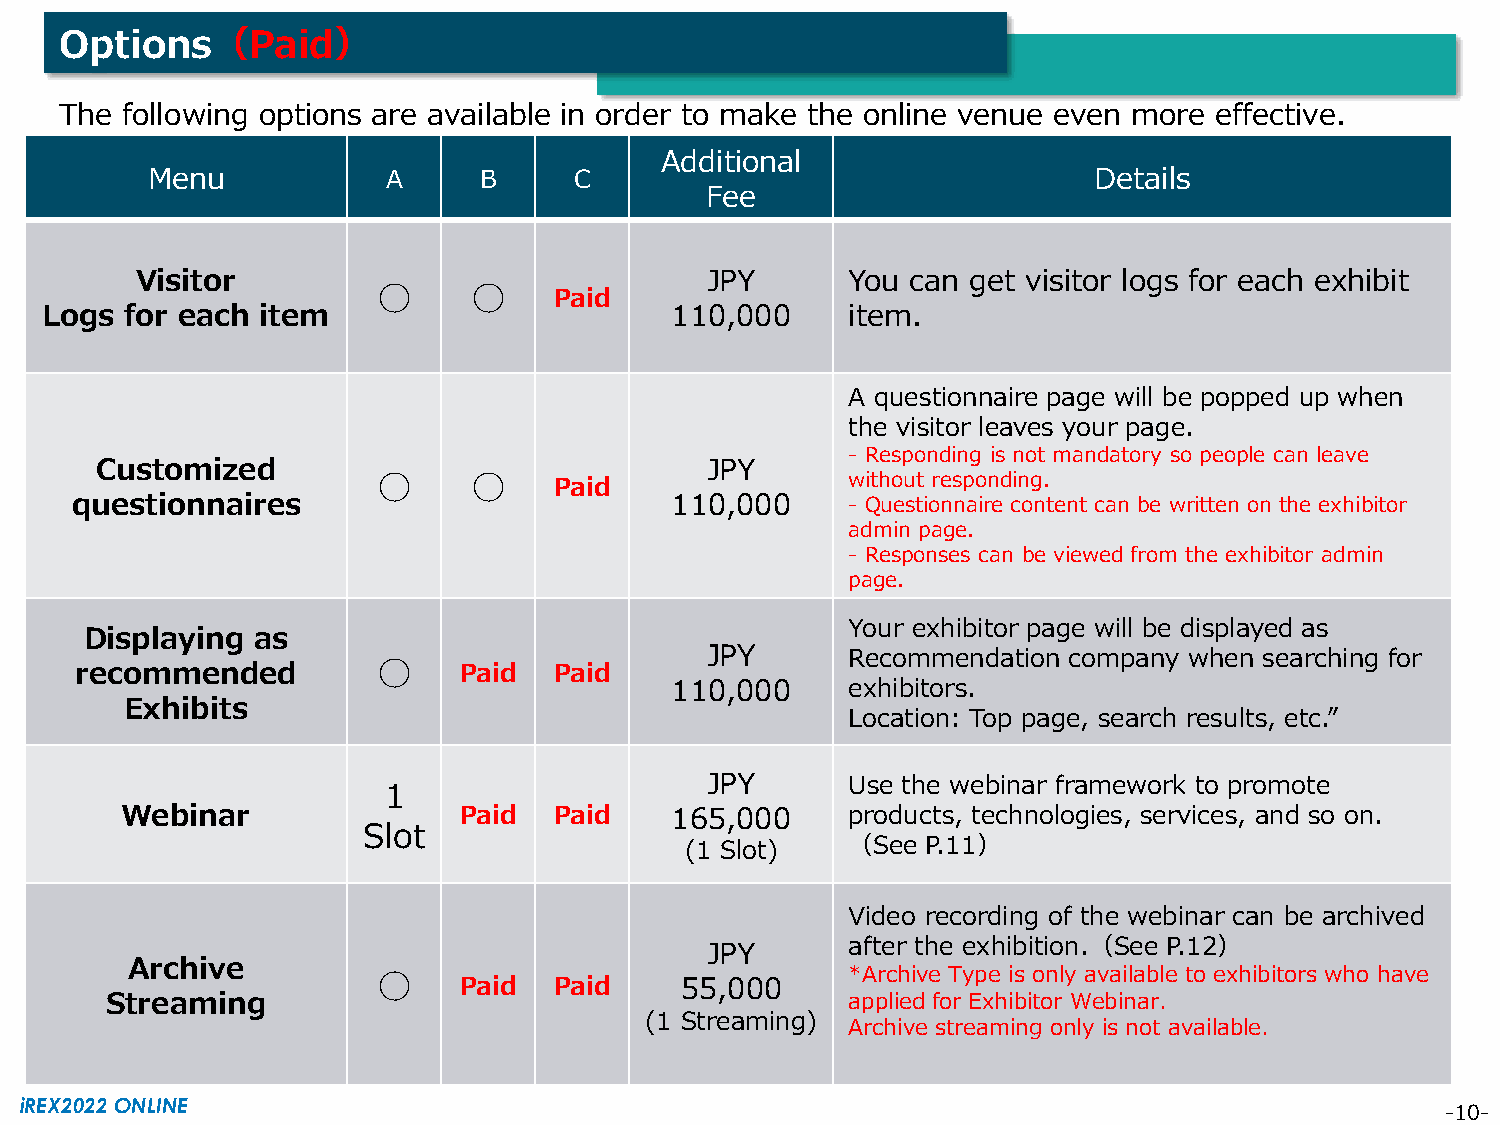
Options（Paid）
 The following options are available in order to make the online venue even more effective.
 Additional
 Menu            A     B     C                                 Details
 Fee
 Visitor                               JPY      You can get visitor logs for each exhibit
 ◯     ◯     Paid
 Logs for each item                       110,000     item.
 A questionnaire page will be popped up when
 the visitor leaves your page.
 - Responding is not mandatory so people can leave
 Customized                               JPY
 ◯     ◯     Paid               without responding.
 questionnaires                         110,000     - Questionnaire content can be written on the exhibitor
 admin page.
 - Responses can be viewed from the exhibitor admin
 page.
 Your exhibitor page will be displayed as
 Displaying as
 JPY      Recommendation company when searching for
 recommended         ◯    Paid   Paid
 110,000     exhibitors.
 Exhibits
 Location: Top page, search results, etc.”
 JPY      Use the webinar framework to promote
 １
 Ｗebinar               Paid   Paid   165,000     products, technologies, services, and so on.
 Slot
 (1 Slot)   （See P.11）
 Video recording of the webinar can be archived
 JPY      after the exhibition.（See P.12）
 Archive
 ◯    Paid   Paid    55,000     *Archive Type is only available to exhibitors who have
 Streaming                                        applied for Exhibitor Webinar.
 (1 Streaming)
 Archive streaming only is not available.
 iREX2022 ONLINE                                                                                -10-